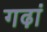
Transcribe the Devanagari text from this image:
गढ़ां